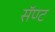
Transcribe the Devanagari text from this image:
सॅण्ट